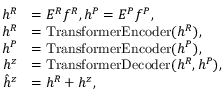
\begin{array} { r l } { h ^ { R } } & { = E ^ { R } f ^ { R } , h ^ { P } = E ^ { P } f ^ { P } , } \\ { h ^ { R } } & { = \mathrm { T r a n s f o r m e r E n c o d e r } ( h ^ { R } ) , } \\ { h ^ { P } } & { = \mathrm { T r a n s f o r m e r E n c o d e r } ( h ^ { P } ) , } \\ { h ^ { z } } & { = \mathrm { T r a n s f o r m e r D e c o d e r } ( h ^ { R } , h ^ { P } ) , } \\ { \hat { h } ^ { z } } & { = h ^ { R } + h ^ { z } , } \end{array}